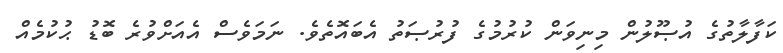
ކަފާލާތުގެ އުޞޫލުން މިނިވަން ކުރުމުގެ ފުރުޞަތު އެބައޮތެވެ. ނަމަވެސް އެއަށްވުރެ ބޮޑު ޙުކުމެއް